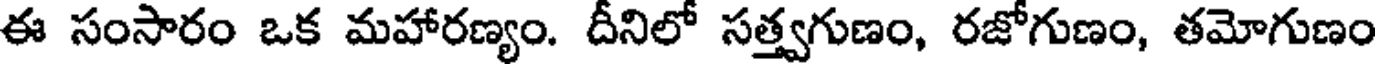
ఈ సంసారం ఒక మహారణ్యం. దీనిలో సత్త్వగుణం, రజోగుణం, తమోగుణం